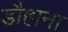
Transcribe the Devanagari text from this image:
डौहाना